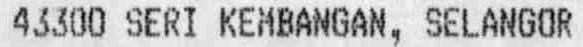
43300 SERI KEMBANGAN, SELANGOR